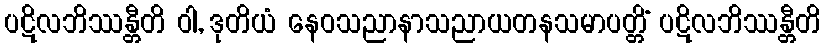
ပဋိလဘိဿန္တီတိ ဝါ, ဒုတိယံ နေဝသညာနာသညာယတနသမာပတ္တိံ ပဋိလဘိဿန္တီတိ